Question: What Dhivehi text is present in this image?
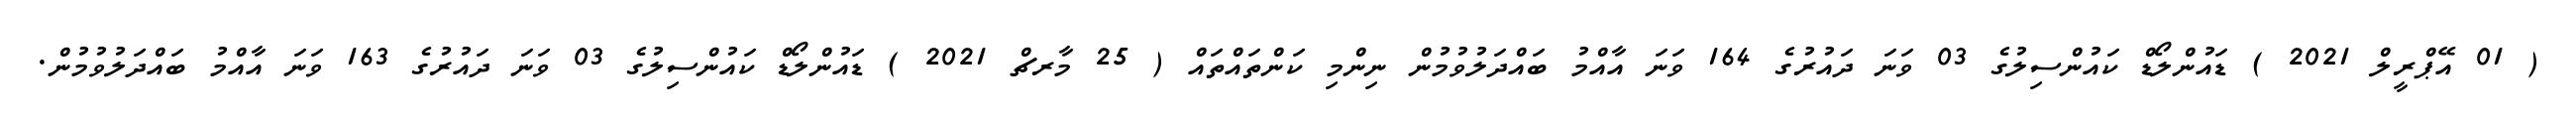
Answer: ( 01 އޭޕްރީލް 2021 ) ޑައުންލޯޑް ކައުންސިލުގެ 03 ވަނަ ދައުރުގެ 164 ވަނަ އާއްމު ބައްދަލުވުމުން ނިންމި ކަންތައްތައް ( 25 މާރޗް 2021 ) ޑައުންލޯޑް ކައުންސިލުގެ 03 ވަނަ ދައުރުގެ 163 ވަނަ އާއްމު ބައްދަލުވުމުން.